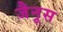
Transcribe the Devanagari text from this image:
जैनूस